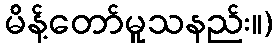
မိန့်တော်မူသနည်း။)